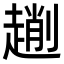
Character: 𠠄